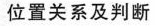
位置关系及判断